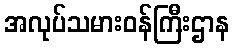
အလုပ်သမားဝန်ကြီးဌာန